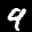
Label: 9